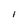
Character: I